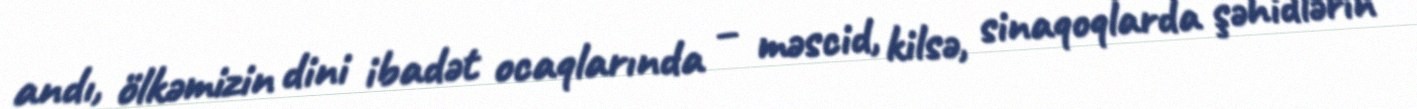
andı, ölkəmizin dini ibadət ocaqlarında – məscid, kilsə, sinaqoqlarda şəhidlərin